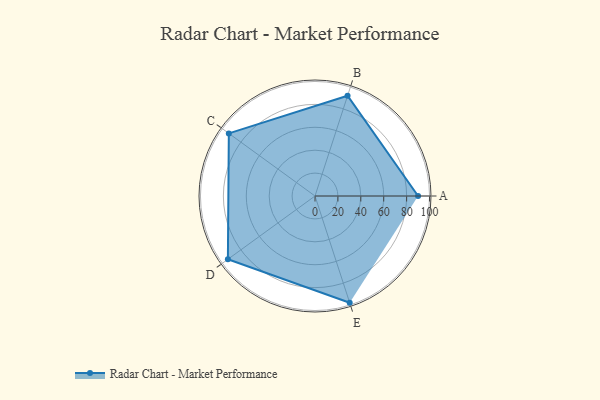
{"axis": {"x": "Skill", "y": "Score"}, "legend": ["Profile"], "data": [{"x": "A", "y": 90.0, "type": "Profile"}, {"x": "B", "y": 92.0, "type": "Profile"}, {"x": "C", "y": 93.0, "type": "Profile"}, {"x": "D", "y": 94.0, "type": "Profile"}, {"x": "E", "y": 98.0, "type": "Profile"}]}